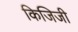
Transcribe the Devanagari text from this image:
किजिजी